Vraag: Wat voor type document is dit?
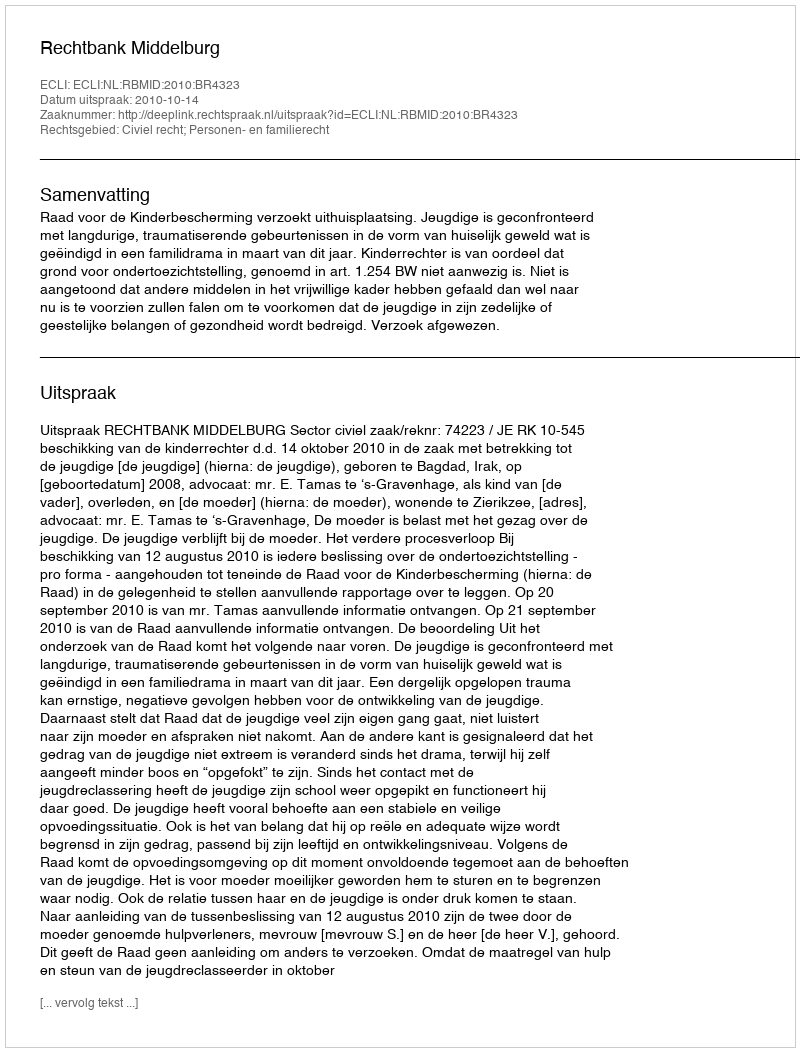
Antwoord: Uitspraak